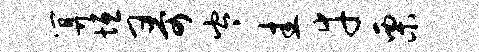
算垣哥岑圭幸栗